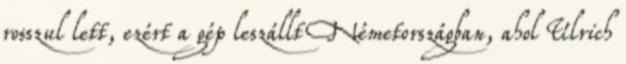
rosszul lett, ezért a gép leszállt Németországban, ahol Ulrich